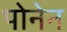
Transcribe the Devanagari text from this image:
पोनेन